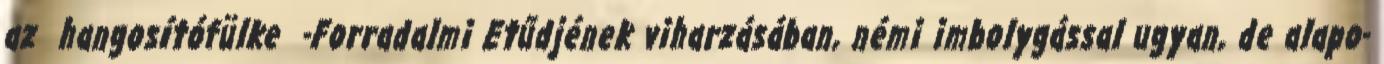
az hangosítófülke -Forradalmi Etűdjének viharzásában, némi imbolygással ugyan, de alapo-